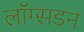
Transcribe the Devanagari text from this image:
लाॅग्सडन